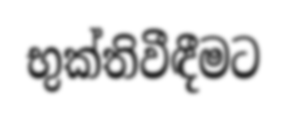
භුක්තිවීඳීමට